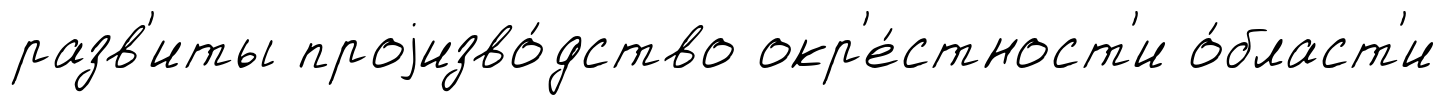
разв'иты проjизво́дство окр'е́стност'и о́бласт'и